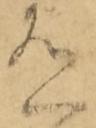
有